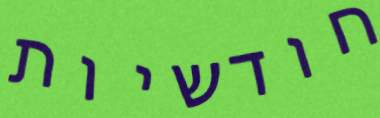
חודשיות